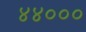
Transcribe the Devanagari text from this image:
४४०००